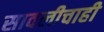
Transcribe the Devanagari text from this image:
सावलीचाही